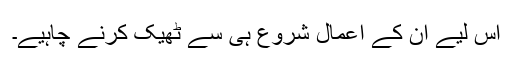
اس لیے ان کے اعمال شروع ہی سے ٹھیک کرنے چاہیے۔